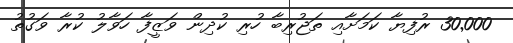
30